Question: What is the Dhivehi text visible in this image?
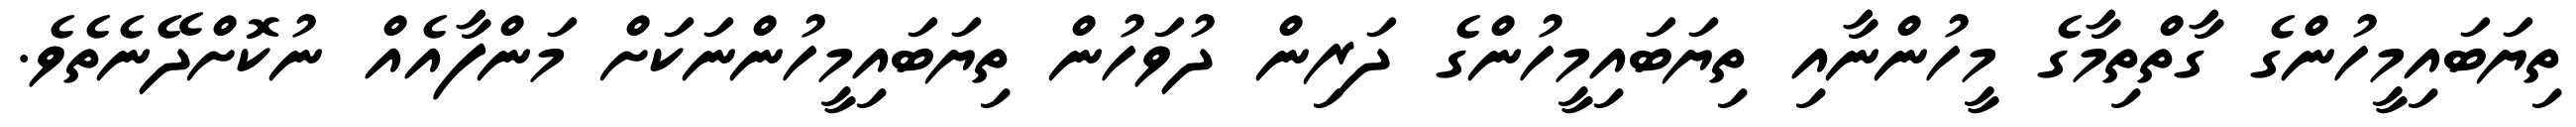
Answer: ތިޔަބައިމީހުންގެ ގާތްތިމާގެ މީހުންނާއި ތިޔަބައިމީހުންގެ ދަރިން ދުވަހުން ތިޔަބައިމީހުންނަކަށް މަންފާއެއް ނުކޮށްދޭނެތެވެ.